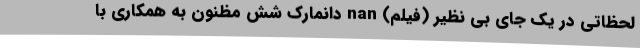
لحظاتی در یک جای بی نظیر (فیلم) nan دانمارک شش مظنون به همکاری با